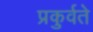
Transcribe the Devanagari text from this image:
प्रकुर्वते